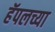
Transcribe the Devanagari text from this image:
हॅपलच्या